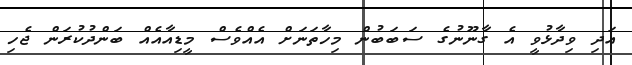
އަދި ވިދާޅުވީ އެ ގާނޫނުގެ ސަބަބުން މިހާތަނަށް އެއްވެސް މީޑިއާއެއް ބަންދުކުރަން ޖެހި